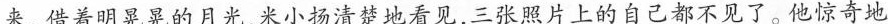
来。借着明晃晃的月光.米小扬清楚地看见，三张照片上的自己都不见了。他惊奇地